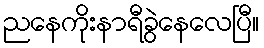
ညနေကိုးနာရီခွဲနေလေပြီ။